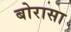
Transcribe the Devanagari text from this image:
बोरासा